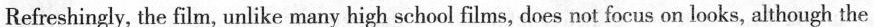
Refreshingly, the film, unlike many high school films, does not focus on looks, although the